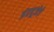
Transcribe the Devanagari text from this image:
इंद्रपूजेचे